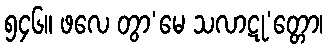
၅၄၆။ ဖလေ တွာ’မေ သလာဋု’တ္တော၊